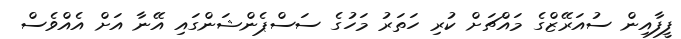
ފީފާއިން ސުއަރޭޒްގެ މައްޗަށް ކުރި ހަތަރު މަހުގެ ސަސްޕެންޝަންގައި އޭނާ އަށް އެއްވެސް